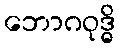
ဘောဂဝုဒ္ဓိ